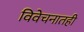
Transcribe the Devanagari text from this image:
विवेचनातही